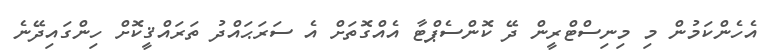
އެހެންކަމުން މި މިނިސްޓްރީން ދޭ ކޮންސެޕްޓާ އެއްގޮތަށް އެ ސަރަޙައްދު ތަރައްޤީކޮށް ހިންގައިދޭނެ